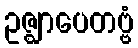
ဥဇ္ဈာပေတဗ္ဗံ